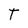
Character: T